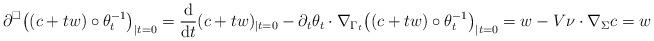
LaTeX: \begin{align*}\partial^\square \big( (c+tw) \circ \theta_t^{-1} \big)_{|t=0}= \frac{\mathrm{d}}{\mathrm{d}t} (c+tw)_{|t=0} - \partial_t \theta_t \cdot \nabla_{\Gamma_t} \big((c+tw) \circ \theta_t^{-1} \big)_{|t=0}= w - V\nu \cdot \nabla_\Sigma c= w\end{align*}